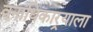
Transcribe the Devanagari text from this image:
वनाधिकार्‍याला